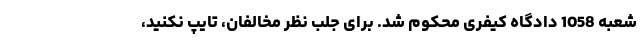
شعبه 1058 دادگاه کیفری محکوم شد. برای جلب نظر مخالفان، تایپ نکنید،